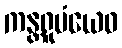
ကန္တရူပံယေဝ